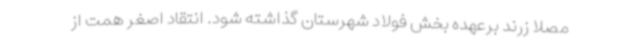
مصلا زرند برعهده بخش فولاد شهرستان گذاشته شود. انتقاد اصغر همت از